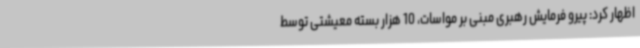
اظهار کرد: پیرو فرمایش رهبری مبنی بر مواسات، 10 هزار بسته معیشتی توسط